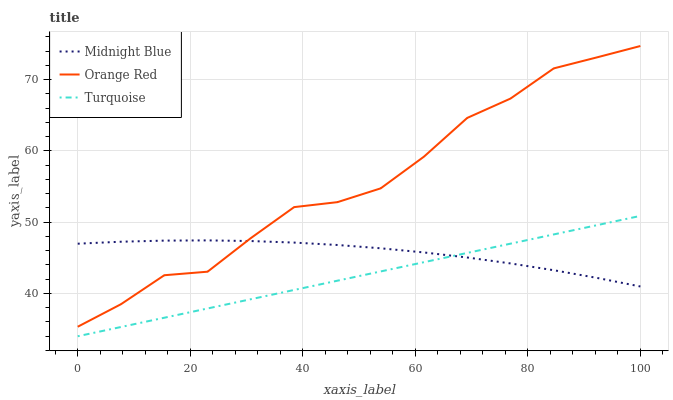
| xaxis_label | Midnight Blue | Orange Red | Turquoise |
 | --- | --- | --- | --- |
 | 0 | 47 | 35.3 | 34 |
 | 7.69 | 47.3 | 38.5 | 35.3 |
 | 15.4 | 47.4 | 42.6 | 36.6 |
 | 23.1 | 47.4 | 43.1 | 37.9 |
 | 30.8 | 47.4 | 47.8 | 39.2 |
 | 38.5 | 47.1 | 52.1 | 40.5 |
 | 46.2 | 46.8 | 52.8 | 41.8 |
 | 53.8 | 46.3 | 54.7 | 43.1 |
 | 61.5 | 45.8 | 59.2 | 44.4 |
 | 69.2 | 45 | 64.6 | 45.7 |
 | 76.9 | 44.2 | 67.4 | 47 |
 | 84.6 | 43.3 | 71.6 | 48.3 |
 | 92.3 | 42.2 | 73.1 | 49.6 |
 | 100 | 41 | 74.7 | 50.9 |